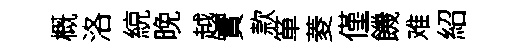
概洛綂晚越實款箪菱僅饑难紹